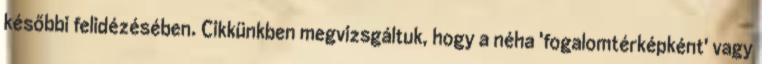
későbbi felidézésében. Cikkünkben megvizsgáltuk, hogy a néha 'fogalomtérképként' vagy